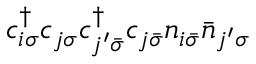
c _ { i \sigma } ^ { \dagger } c _ { j \sigma } c _ { j ^ { \prime } \bar { \sigma } } ^ { \dagger } c _ { j \bar { \sigma } } n _ { i \bar { \sigma } } \bar { n } _ { j ^ { \prime } \sigma }